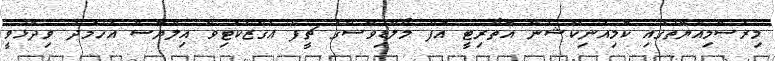
މިރަސްމިއްޔާތުގައި ކޮމިއުނިކޭޝަން އޮތޯރިޓީ އޮފް މޯލްޑިވްސްގެ ޗީފް އެގްޒެކެޓިވް އިލްޔާސް އަހުމަދު ވިދާޅުވީ